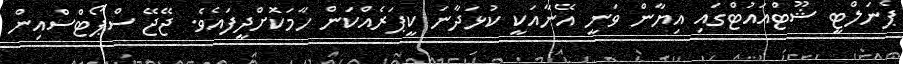
ޕެނަލްޓީ ޝޫޓްއައުޓްގައި އިޔާން ވަނީ އޭނާއަކީ ކުޅަދާނަ ކީޕަރެއްކަން ހާމަކޮށްދީފައެވެ. ޖޭޖޭ ސްޕޯޓްސްއިން